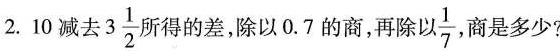
2.10减去3 3 \frac{1}{2}所得的差，除以0.7的商，再除以 \frac{1}{7}商是多少?